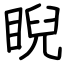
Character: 睨